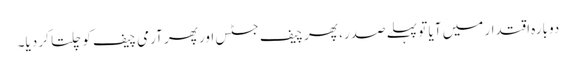
دوبارہ اقتدار میں آیا تو پہلے صدر، پھر چیف جسٹس اور پھر آرمی چیف کو چلتا کر دیا۔